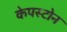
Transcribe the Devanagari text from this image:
केपस्टोन